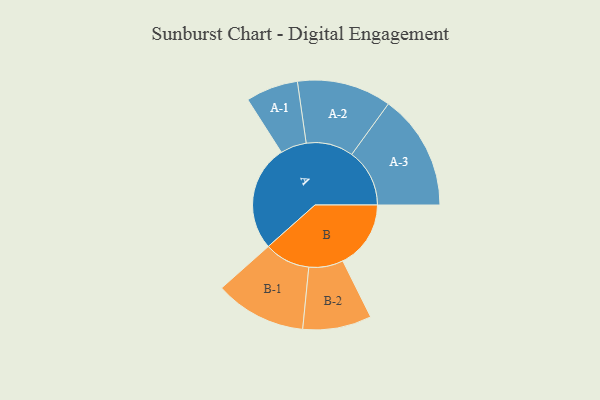
{"axis": {"x": "Segment", "y": "Value"}, "legend": ["", "A", "B"], "data": [{"x": "A", "y": 438, "type": ""}, {"x": "B", "y": 281, "type": ""}, {"x": "A-1", "y": 108, "type": "A"}, {"x": "A-2", "y": 195, "type": "A"}, {"x": "A-3", "y": 239, "type": "A"}, {"x": "B-1", "y": 189, "type": "B"}, {"x": "B-2", "y": 142, "type": "B"}]}